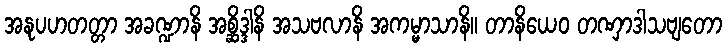
အနုပဟတတ္တာ အခဏ္ဍာနိ အစ္ဆိဒ္ဒါနိ အသဗလာနိ အကမ္မာသာနိ။ တာနိယေဝ တဏှာဒါသဗျတော